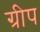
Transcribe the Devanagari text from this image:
ग्रीप